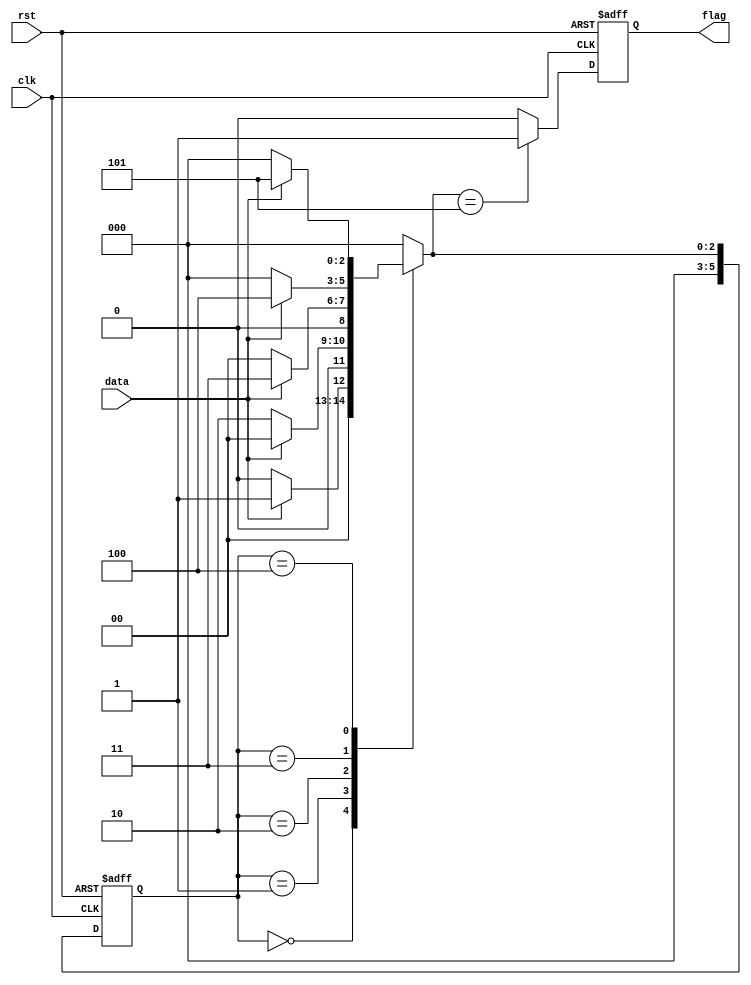
`timescale 1ns/1ns

module sequence_test1(
	input wire clk  ,
	input wire rst  ,
	input wire data ,
	output reg flag
);
//*************code***********//
parameter IDLE = 0,
          S1 = 1,
          S10 = 2,
          S101 = 3,
          S1011 = 4,
          S10111 = 5;
reg [5:0] state, next_state;
always @(posedge clk or negedge rst) begin
    if(!rst) begin
        state <= IDLE;
    end
    else begin
        state <= next_state;
    end
end

always @(*) begin
    case(state)
        IDLE:next_state = (data)? S1:IDLE;
        S1:next_state = (data)? IDLE:S10;
        S10:next_state = (data)? S101:IDLE;
        S101:next_state = (data)? S1011:IDLE;
        S1011:next_state = (data)? S10111:IDLE;
        S10111: next_state = IDLE;
        default:next_state = IDLE;
    endcase
end

always @(posedge clk or negedge rst) begin
    if(!rst) flag <= 0;
    else if (next_state == S10111) flag <= 1;
    else flag <= 0;
end

//*************code***********//
endmodule